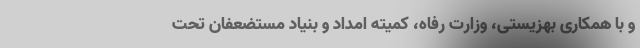
و با همکاری بهزیستی، وزارت رفاه، کمیته امداد و بنیاد مستضعفان تحت